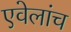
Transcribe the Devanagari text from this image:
एवेलांच